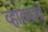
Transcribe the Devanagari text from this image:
व्हावयाचें